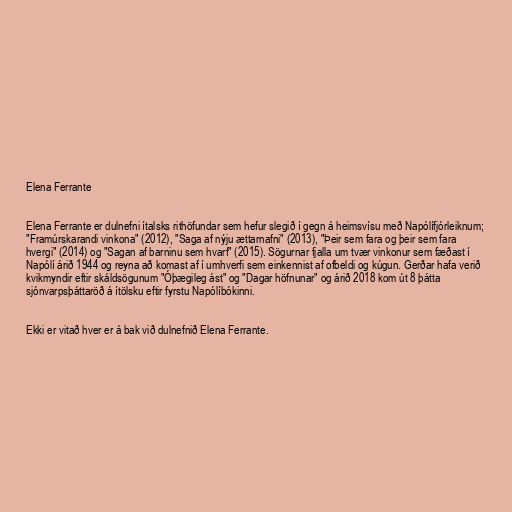
Elena Ferrante

Elena Ferrante er dulnefni ítalsks rithöfundar sem hefur slegið í gegn á heimsvísu með Napólífjórleiknum;
"Framúrskarandi vinkona" (2012), "Saga af nýju ættarnafni" (2013), "Þeir sem fara og þeir sem fara
hvergi" (2014) og "Sagan af barninu sem hvarf" (2015). Sögurnar fjalla um tvær vinkonur sem fæðast í
Napólí árið 1944 og reyna að komast af í umhverfi sem einkennist af ofbeldi og kúgun. Gerðar hafa verið
kvikmyndir eftir skáldsögunum "Óþægileg ást" og "Dagar höfnunar" og árið 2018 kom út 8 þátta
sjónvarpsþáttaröð á ítölsku eftir fyrstu Napólíbókinni.

Ekki er vitað hver er á bak við dulnefnið Elena Ferrante.